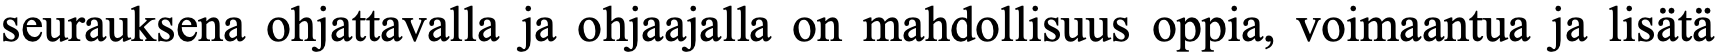
seurauksena ohjattavalla ja ohjaajalla on mahdollisuus oppia, voimaantua ja lisätä